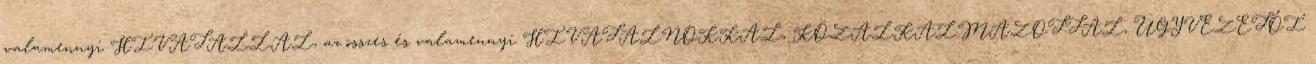
valamennyi HIVATALLAL, az összes és valamennyi HIVATALNOKKAL, KÖZALKALMAZOTTAL, ÜGYVEZETŐI